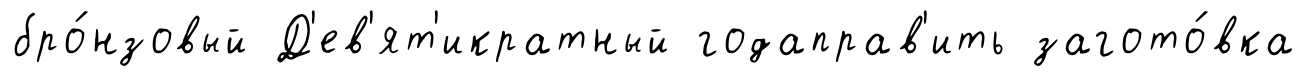
бро́нзовый Д'ев'ят'икратный годаправ'ить загото́вка